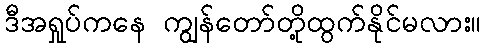
ဒီအရှုပ်ကနေ ကျွန်တော်တို့ထွက်နိုင်မလား။